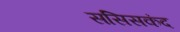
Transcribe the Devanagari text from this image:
ससिसकंद